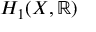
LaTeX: H _ { 1 } ( X , \mathbb { R } )